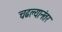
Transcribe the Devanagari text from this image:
चढल्यानंतर